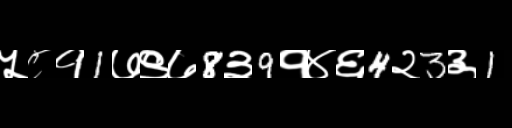
Text: ५८१1७९७8३9१४६4२3३1